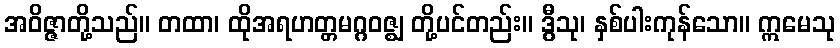
အဝိဇ္ဇာတို့သည်။ တထာ၊ ထိုအရဟတ္တမဂ္ဂဝဇ္ဈ တို့ပင်တည်း။ ဒွီသု၊ နှစ်ပါးကုန်သော။ ဣမေသု